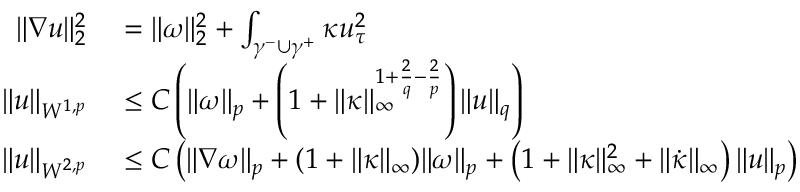
\begin{array} { r l } { \| \nabla u \| _ { 2 } ^ { 2 } } & { { } = \| \omega \| _ { 2 } ^ { 2 } + \int _ { \gamma ^ { - } \cup \gamma ^ { + } } \kappa u _ { \tau } ^ { 2 } } \\ { \| u \| _ { W ^ { 1 , p } } } & { { } \leq C \left( \| \omega \| _ { p } + \left( 1 + \| \kappa \| _ { \infty } ^ { 1 + \frac { 2 } { q } - \frac { 2 } { p } } \right) \| u \| _ { q } \right) } \\ { \| u \| _ { W ^ { 2 , p } } } & { { } \leq C \left( \| \nabla \omega \| _ { p } + ( 1 + \| \kappa \| _ { \infty } ) \| \omega \| _ { p } + \left( 1 + \| \kappa \| _ { \infty } ^ { 2 } + \| \dot { \kappa } \| _ { \infty } \right) \| u \| _ { p } \right) } \end{array}